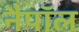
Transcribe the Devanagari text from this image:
नैपॉल